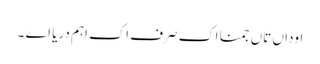
اوداں تاں جمنا اک صرف اک اہم دریا اے ۔